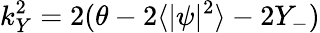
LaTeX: k_{Y}^{2}=2(\theta-2\langle|\psi|^{2}\rangle-2Y_{-})